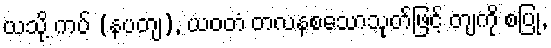
ယသို့ ကပ် (နပတျ), ယဝတံ တလနစသောသုတ်ဖြင့် တျကို စပြု,